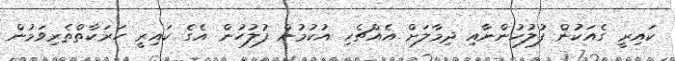
ކައިރީ ގެއަކުން ފުލުހުންނާއި ދިމާލަށް އެއްޗެހި އުކުމުން ފުލުހުން އެގެ ކައިރީ ހަރަކާތްތެރިވަމުން